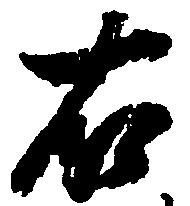
右